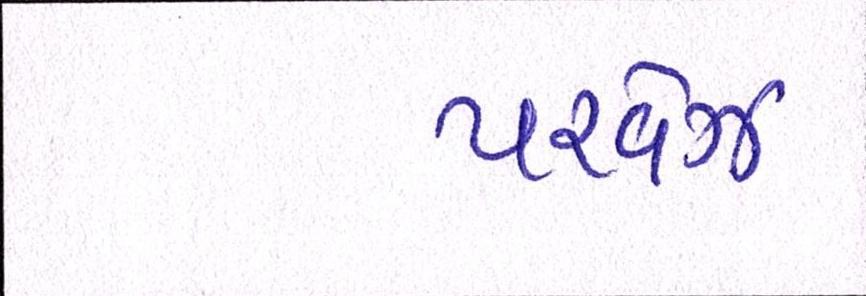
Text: પરવેઝ